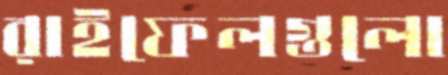
রাইফেলগুলো